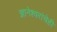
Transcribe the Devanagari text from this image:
ज्ञानेश्वरांचेही